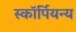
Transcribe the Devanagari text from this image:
स्कॉर्पियन्य